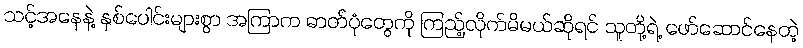
သင့်အနေနဲ့ နှစ်ပေါင်းများစွာ အကြာက ဓာတ်ပုံတွေကို ကြည့်လိုက်မိမယ်ဆိုရင် သူတို့ရဲ့ ဖော်ဆောင်နေတဲ့